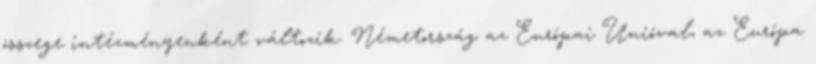
összege intézményenként változik. Németország az Európai Unióval, az Európa